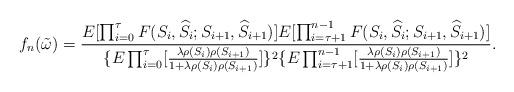
LaTeX: \begin{align*}f_n(\tilde{\omega})=\frac{E[\prod_{i=0}^{\tau}F(S_i,\widehat{{S}}_i;S_{i+1},\widehat{S}_{i+1})]E[\prod_{i=\tau+1}^{n-1}F(S_i,\widehat{{S}}_i;S_{i+1},\widehat{S}_{i+1})]}{\{E\prod_{i=0}^{\tau}[\frac{\lambda\rho(S_i)\rho(S_{i+1})}{1+\lambda\rho(S_i)\rho(S_{i+1})}]\}^2\{E\prod_{i=\tau+1}^{n-1}[\frac{\lambda\rho(S_i)\rho(S_{i+1})}{1+\lambda\rho(S_i)\rho(S_{i+1})}]\}^2}.\end{align*}